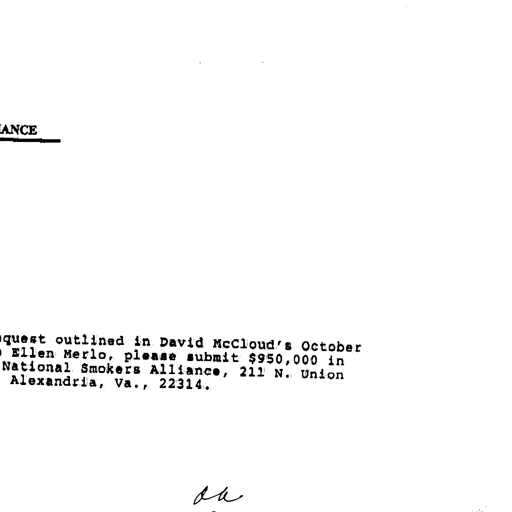
ANCE

quest outlined in David McCloud's October
Ellen Merlo, please submit $950,000 in
National Smokers Alliance, 211 N. Union
Alexandria, Va., 22314.

du